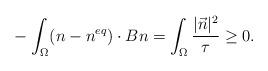
LaTeX: \begin{align*} & -\int_\Omega (n-n^{eq})\cdot B n = \int_\Omega\frac{|\vec n|^2}{\tau}\geq 0 . \end{align*}